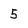
Character: 5